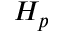
H _ { p }